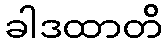
ခါဒထာတိ